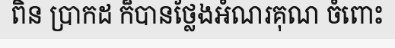
ពិន ប្រាកដ ក៏បានថ្លែងអំណរគុណ ចំពោះ